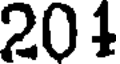
201